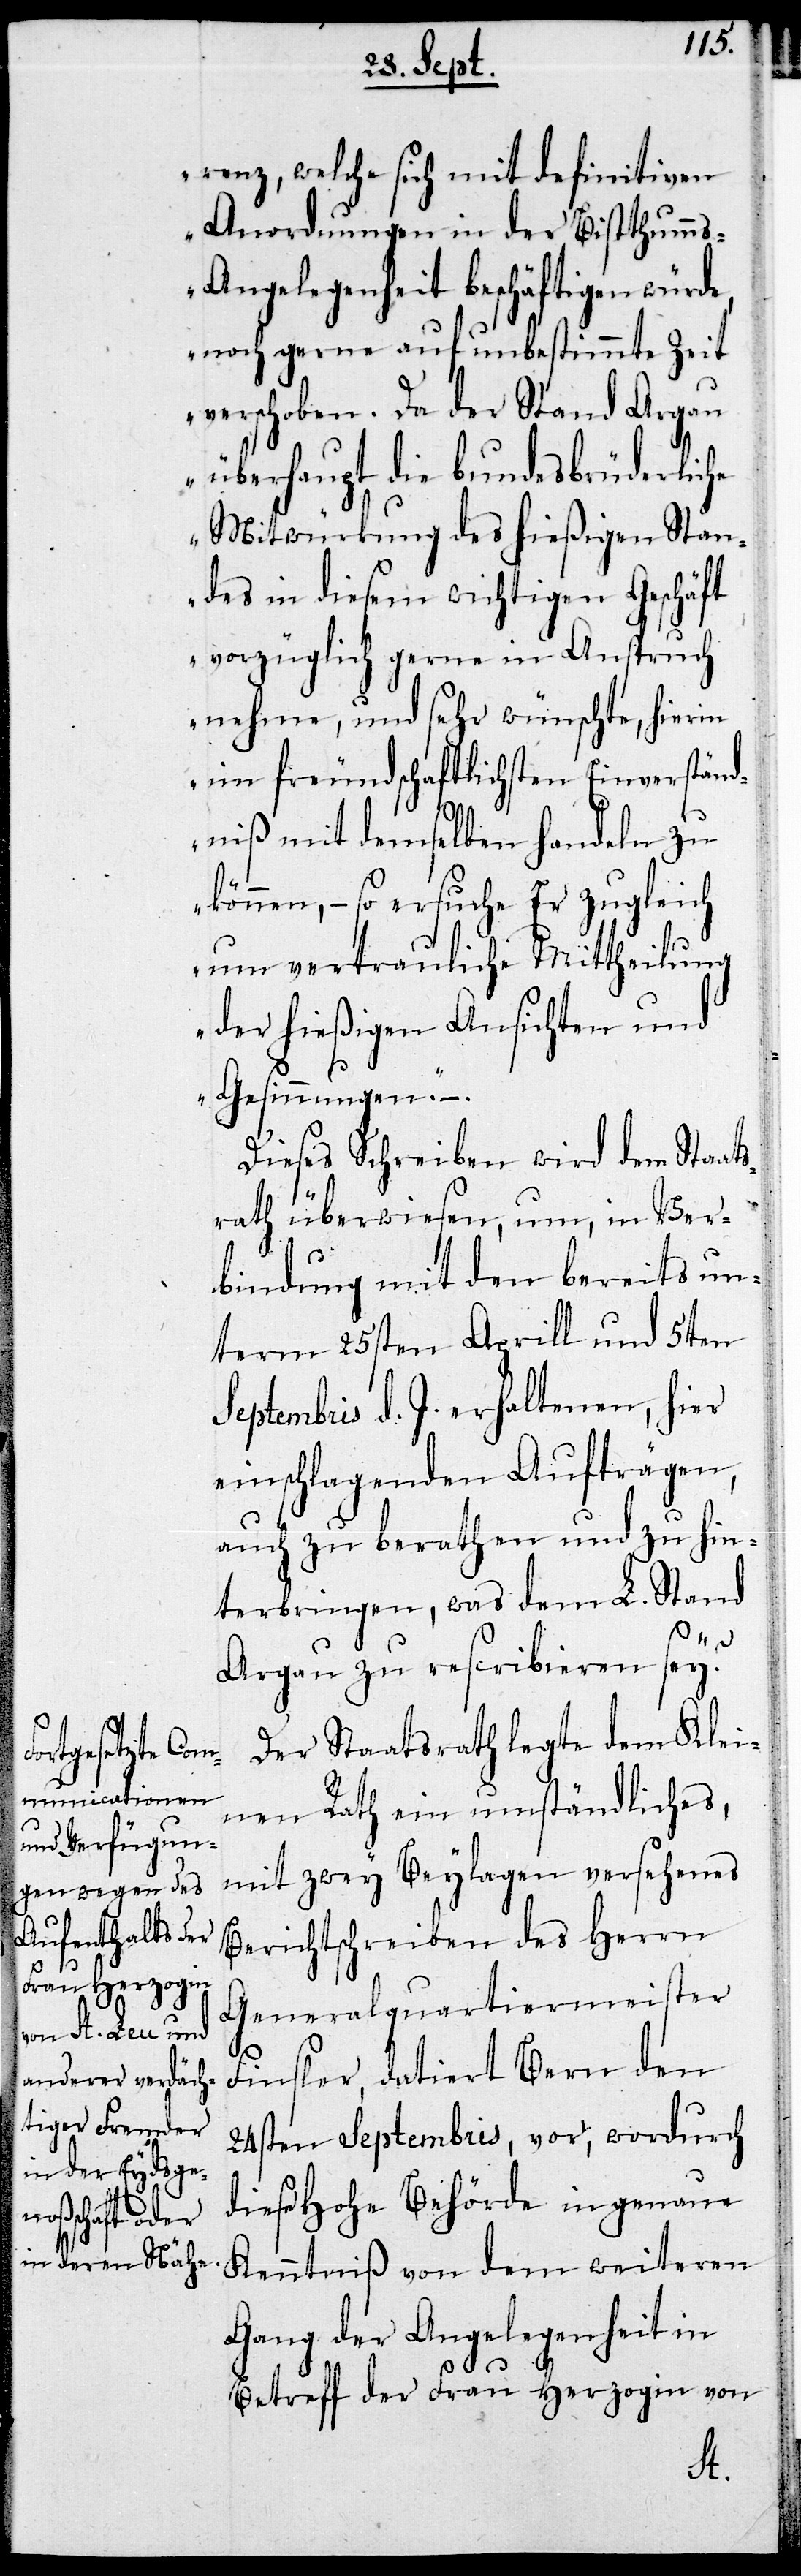
renz, welche sich mit definitiven
Anordnungen in der Bisthumm¬
s-Angelegenheit beschäftigen würde,
noch gerne auf unbestimmte Zeit
verschoben. Da der Stand Argau
überhaupt dir bundesbrüderliche
Mitwürkung des hießigen Stan¬
des in diesem wichtigen Geschäft
vorzüglich gerne in Anspruch
nehme, und sehr wünsche, hierin
im freundschaftlichsten Einverständ¬
niß mit demselben handeln zu
können, – so ersuche Er zugleich
um vertrauliche Mittheilung
der hießigen Ansichten und
Gesinnungen.“ –.
Dieses Schreiben wird dem Staat¬
srath überwiesen, um, in Ver¬
bindung mit den bereits un¬
term 25sten Aprill und 5ten
Septembris d. J. erhaltenen, hier
einschlagenden Aufträgen,
auch zu berathen und zu hin¬
terbringen, was dem L. Stand
Argau zu rescribieren sey.
Der Staatsrath legte dem Klei¬
nen Rath ein umständliches,
mit zwey Beylagen versehenes
Berichtschreiben des Herrn
Generalquartiermeister
Finsler, datiert Bern den
24sten Septembris, vor, wordurch
diese Hohe Behörde in genaue
Kenntniß von dem weiteren
Gang der Angelegenheit in
Betreff der Frau Herzogin von